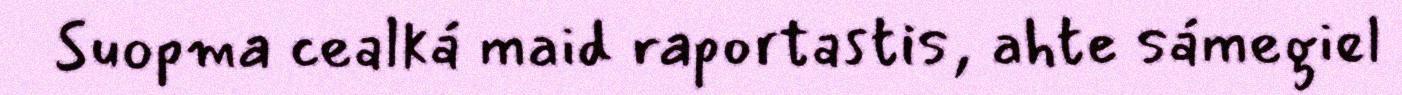
Suopma cealká maid raportastis, ahte sámegiel